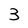
Character: 3